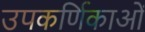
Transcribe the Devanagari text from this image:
उपकर्णिकाओं